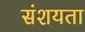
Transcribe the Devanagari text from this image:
संशयता